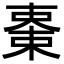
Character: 𣕤